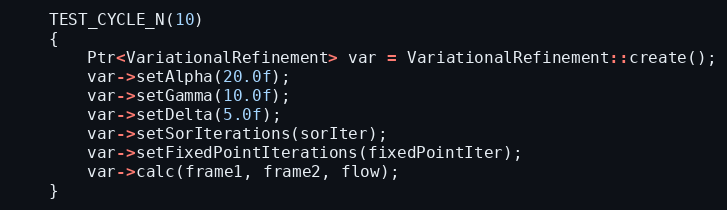
Language: C++
    TEST_CYCLE_N(10)
    {
        Ptr<VariationalRefinement> var = VariationalRefinement::create();
        var->setAlpha(20.0f);
        var->setGamma(10.0f);
        var->setDelta(5.0f);
        var->setSorIterations(sorIter);
        var->setFixedPointIterations(fixedPointIter);
        var->calc(frame1, frame2, flow);
    }